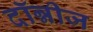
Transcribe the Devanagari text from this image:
दॉन्नीज